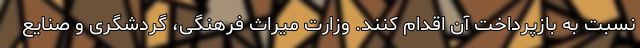
نسبت به بازپرداخت آن اقدام کنند. وزارت میراث فرهنگی، گردشگری و صنایع